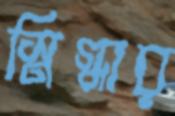
স্নিগ্ধার